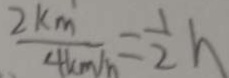
\frac { 2 k m } { 4 k m / h } = \frac { 1 } { 2 } h